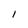
Character: l